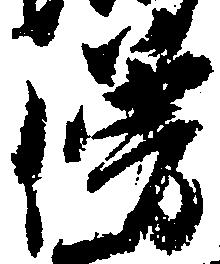
僧